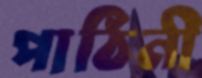
পাঠিনী